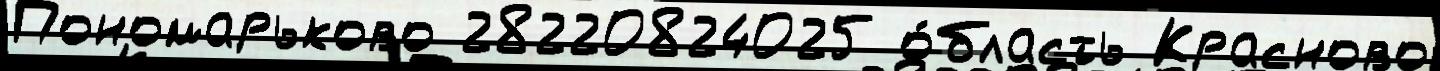
Пономарьково 28220824025 о́бласть Красново